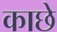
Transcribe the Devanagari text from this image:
काछे